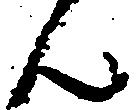
ん